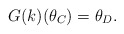
\begin{align*}G(k)(\theta_C)=\theta_D.\end{align*}